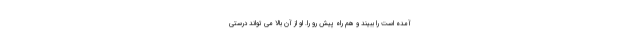
آمده است را ببیند و هم راه پیش رو را. او از آن بالا می تواند درستی